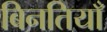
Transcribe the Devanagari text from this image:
बिनतियाँ